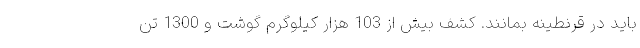
باید در قرنطینه بمانند. کشف بیش از 103 هزار کیلوگرم گوشت و 1300 تن